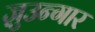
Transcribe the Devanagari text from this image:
ज़ुउन्गार